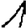
Digit: 1